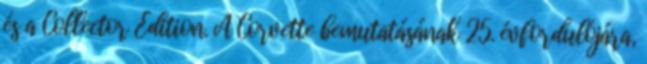
és a Collector Edition. A Corvette bemutatásának 25. évfordulójára,